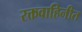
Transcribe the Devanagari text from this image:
रक्तवाहिनीत